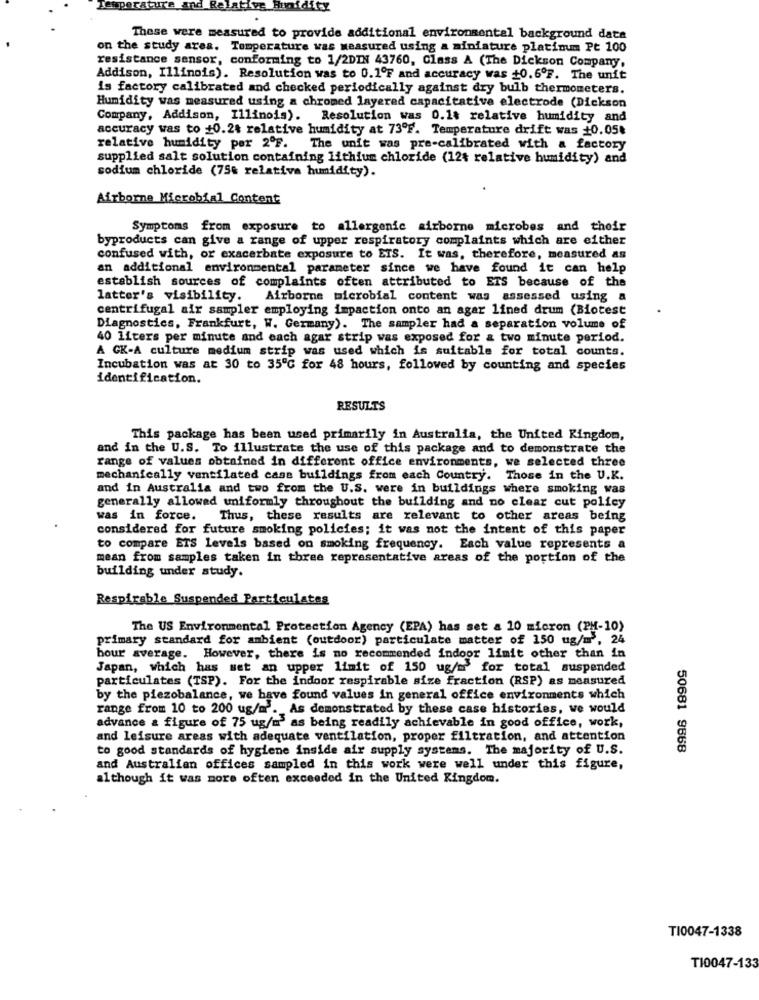
aire
and
Relative Hin
dity
These were measured to provide additional environmental background date
on the study area. Temperature was measured using a miniature platinum Pt 100
resistance sensor, conforming to 1/2DIN 43760, Class A (The Dickson Company,
Addison, Illinois). Resolution was to 0.1ºF and accuracy was +0.6ºF. The unit
is factory calibrated and checked periodically against dry bulb thermometers.
Humidity was measured using a chromed layered capacitative electrode (Dickson
Company, Addison, Illinois). Resolution was 0.1% relative humidity and
accuracy was to +0.24 relative humidity at 73ºF. Temperature drift was 10.05₺
relative humidity per 2ºF. The unit was pre-calibrated with a factory
supplied salt solution containing lithium chloride (124 relative humidity) and
sodium chloride (75% relative humidity).
Airborne Microbial Content
Symptoms from exposure to allergenic airborne microbes and their
byproducts can give a range of upper respiratory complaints which are either
confused with, or exacerbate exposure to ETS. It was, therefore, measured as
an additional environmental parameter since we have found it can help
establish sources of complaints often attributed to ETS because of the
latter's visibility. Airborne microbial content was assessed using a
centrifugal air sampler employing impaction onto an agar lined drum (Biotest
Diagnostics, Frankfurt, W. Germany). The sampler had a separation volume of
40 liters per minute and each agar strip was exposed for & two minute period.
A CK-A culture medium strip was used which is suitable for total counts.
Incubation was at 30 to 35℃ for 48 hours, followed by counting and species
identification.
RESULTS
This package has been used primarily in Australia, the United Kingdom,
and in the U.S. To illustrate the use of this package and to demonstrate the
range of values obtained in different office environments, we selected three
mechanically ventilated case buildings from each Country. Those in the U.K.
and in Australia and two from the U.S. were in buildings where smoking was
generally allowed uniformly throughout the building and no clear cut policy
was in force. Thus, these results are relevant to other areas being
considered for future smoking policies; it was not the intent of this paper
to compare ETS levels based on smoking frequency. Each value represents a
mean from samples taken in three representative areas of the portion of the
building under study.
Respirable Suspended Particulates
The US Environmental Protection Agency (EPA) has set a 10 micron (PM-10)
primary standard for ambient (outdoor) particulate matter of 150 ug/m , 24
bour average. However, there is no recommended indoor limit other than in
Japan, which has set an upper limit of 150 ug/m for total suspended
particulates (TSP). For the indoor respirable size fraction (RSP) as measured
by the piezobalance, we have found values in general office environments which
range from 10 to 200 ug/m. As demonstrated by these case histories, we would
advance a figure of 75 ug/m'as being readily achievable in good office, work,
and leisure areas with adequate ventilation, proper filtration, and attention
to good standards of hygiene inside air supply systems. The majority of U.S.
50681 9668
and Australian offices sampled in this work were well under this figure,
although it was more often exceeded in the United Kingdom.
TI0047-1338
TI0047-133